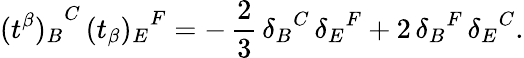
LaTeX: {(t^{\beta})_{B}}^{C}\, {(t_{\beta})_{E}}^{F}=-\, \frac{2}{3}\, {\delta_{B}}^{C}\, {\delta_{E}}^{F}+2\, {\delta_{B}}^{F}\, {\delta_{E}}^{C}.